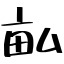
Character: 畆